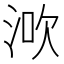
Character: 𣵶